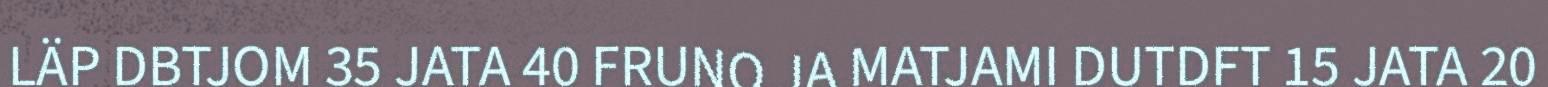
LÄP DBTJOM 35 JATA 40 FRUNO JA MATJAMI DUTDFT 15 JATA 20